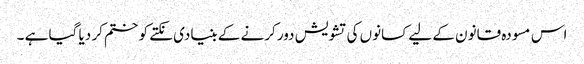
اس مسودہ قانون کے لیے کسانوں کی تشویش دور کرنے کے بنیادی نکتے کو ختم کر دیا گیا ہے ۔